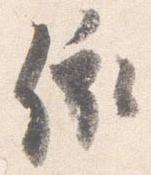
依